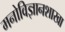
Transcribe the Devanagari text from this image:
मनोविज्ञानशाखा